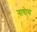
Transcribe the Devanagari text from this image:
नायोस